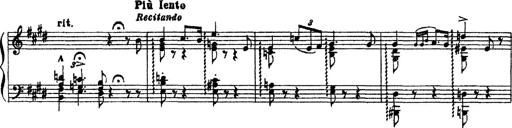
Title: 3 sonetti di Petrarca
Composer: Franz Liszt